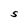
Character: S